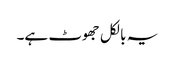
یہ بالکل جھوٹ ہے۔